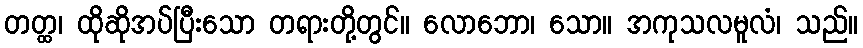
တတ္ထ၊ ထိုဆိုအပ်ပြီးသော တရားတို့တွင်။ လောဘော၊ သော။ အကုသလမူလံ၊ သည်။